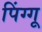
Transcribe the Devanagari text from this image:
पिंग्गू